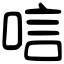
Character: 唁